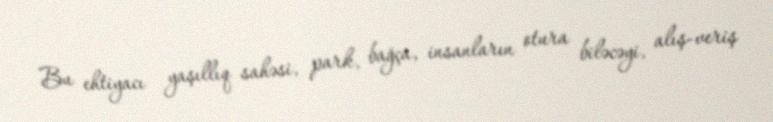
Bu ehtiyacı yaşıllıq sahəsi, park, bağça, insanların otura biləcəyi, alış-veriş